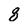
Character: 8